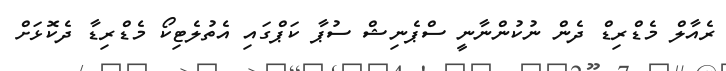
ރެއާލް މެޑްރިޑް ދެން ނުކުންނާނީ ސްޕެނިޝް ސުޕާ ކަޕްގައި އެތުލެޓިކޯ މެޑްރިޑާ ދެކޮޅަށް